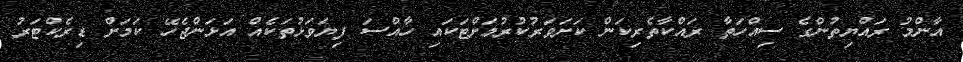
އާންމު ރައްޔިތުންގެ ސިއްހަތާ ރައްކާތެރިކަން ކަށަވަރުކުރުމަށްޓަކައި ހާއްސަ ފިޔަވަޅުތަކެއް އަޅަންޖެހޭ ކަމަށް ޑިރެކްޓަރު